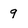
Character: 9